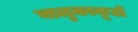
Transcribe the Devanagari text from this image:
बालुकाकूटों